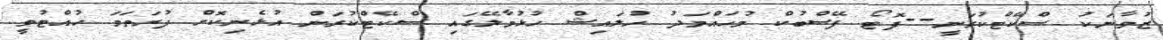
ޒުވާނަކު ސްކޭޓްކުރަނީ--ފޮޓޯ ފޭސްބުކް މުހައްމަދު ހުލައިޝް ހުޅުމާލޭގައި ސްކޭޓްކުރަން އުޅެނިކޮށް ފުރަތަމަ ހުއްޓުވީ